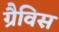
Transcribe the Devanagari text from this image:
ग्रैविस